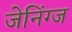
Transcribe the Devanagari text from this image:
जेनिंग्ज